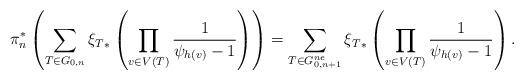
LaTeX: \begin{align*}\pi_n^*\left( \sum_{T \in G_{0,n}}{\xi_{T}}_* \left(\prod_{v\in V(T)} \frac{1}{\psi_{h(v)}-1}\right) \right)=\sum_{T \in G_{0,n+1}^{ne}}{\xi_{T}}_* \left(\prod_{v\in V(T)} \frac{1}{\psi_{h(v)}-1}\right).\end{align*}